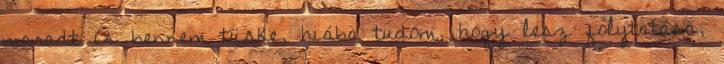
maradt is bennem tüske, hiába tudom, hogy lesz folytatása,